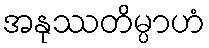
အနုဿတိမ္ပာဟံ